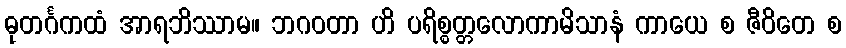
ဓုတင်္ဂကထံ အာရဘိဿာမ။ ဘဂဝတာ ဟိ ပရိစ္စတ္တလောကာမိသာနံ ကာယေ စ ဇီဝိတေ စ